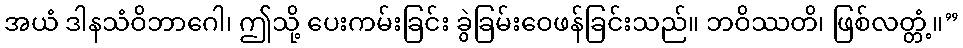
အယံ ဒါနသံဝိဘာဂေါ၊ ဤသို့ ပေးကမ်းခြင်း ခွဲခြမ်းဝေဖန်ခြင်းသည်။ ဘဝိဿတိ၊ ဖြစ်လတ္တံ့။”